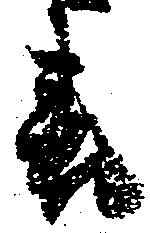
表